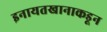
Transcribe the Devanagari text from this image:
इनायतखानाकडून